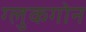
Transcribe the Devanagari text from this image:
ग्लुकगोन